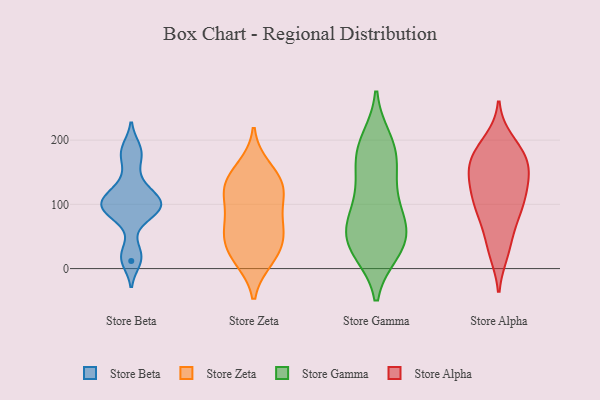
{"axis": {"x": "Net Income (USD K)", "y": "Value"}, "legend": ["Store Alpha", "Store Beta", "Store Gamma", "Store Zeta"], "data": [{"x": "", "y": 109, "type": "Store Beta"}, {"x": "", "y": 98, "type": "Store Beta"}, {"x": "", "y": 173, "type": "Store Beta"}, {"x": "", "y": 85, "type": "Store Beta"}, {"x": "", "y": 187, "type": "Store Beta"}, {"x": "", "y": 86, "type": "Store Beta"}, {"x": "", "y": 133, "type": "Store Beta"}, {"x": "", "y": 103, "type": "Store Beta"}, {"x": "", "y": 106, "type": "Store Beta"}, {"x": "", "y": 24, "type": "Store Beta"}, {"x": "", "y": 12, "type": "Store Beta"}, {"x": "", "y": 119, "type": "Store Zeta"}, {"x": "", "y": 116, "type": "Store Zeta"}, {"x": "", "y": 60, "type": "Store Zeta"}, {"x": "", "y": 75, "type": "Store Zeta"}, {"x": "", "y": 112, "type": "Store Zeta"}, {"x": "", "y": 136, "type": "Store Zeta"}, {"x": "", "y": 56, "type": "Store Zeta"}, {"x": "", "y": 139, "type": "Store Zeta"}, {"x": "", "y": 15, "type": "Store Zeta"}, {"x": "", "y": 23, "type": "Store Zeta"}, {"x": "", "y": 157, "type": "Store Zeta"}, {"x": "", "y": 57, "type": "Store Zeta"}, {"x": "", "y": 22, "type": "Store Zeta"}, {"x": "", "y": 199, "type": "Store Gamma"}, {"x": "", "y": 138, "type": "Store Gamma"}, {"x": "", "y": 30, "type": "Store Gamma"}, {"x": "", "y": 178, "type": "Store Gamma"}, {"x": "", "y": 70, "type": "Store Gamma"}, {"x": "", "y": 34, "type": "Store Gamma"}, {"x": "", "y": 76, "type": "Store Gamma"}, {"x": "", "y": 27, "type": "Store Gamma"}, {"x": "", "y": 76, "type": "Store Gamma"}, {"x": "", "y": 73, "type": "Store Gamma"}, {"x": "", "y": 113, "type": "Store Gamma"}, {"x": "", "y": 190, "type": "Store Gamma"}, {"x": "", "y": 182, "type": "Store Gamma"}, {"x": "", "y": 147, "type": "Store Gamma"}, {"x": "", "y": 43, "type": "Store Gamma"}, {"x": "", "y": 35, "type": "Store Gamma"}, {"x": "", "y": 25, "type": "Store Alpha"}, {"x": "", "y": 49, "type": "Store Alpha"}, {"x": "", "y": 172, "type": "Store Alpha"}, {"x": "", "y": 86, "type": "Store Alpha"}, {"x": "", "y": 174, "type": "Store Alpha"}, {"x": "", "y": 127, "type": "Store Alpha"}, {"x": "", "y": 170, "type": "Store Alpha"}, {"x": "", "y": 125, "type": "Store Alpha"}, {"x": "", "y": 169, "type": "Store Alpha"}, {"x": "", "y": 86, "type": "Store Alpha"}, {"x": "", "y": 149, "type": "Store Alpha"}, {"x": "", "y": 199, "type": "Store Alpha"}, {"x": "", "y": 159, "type": "Store Alpha"}, {"x": "", "y": 145, "type": "Store Alpha"}, {"x": "", "y": 101, "type": "Store Alpha"}, {"x": "", "y": 123, "type": "Store Alpha"}, {"x": "", "y": 79, "type": "Store Alpha"}, {"x": "", "y": 108, "type": "Store Alpha"}, {"x": "", "y": 26, "type": "Store Alpha"}, {"x": "", "y": 193, "type": "Store Alpha"}]}